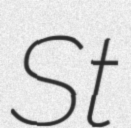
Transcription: St